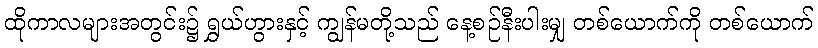
ထိုကာလများအတွင်း၌ ရွှယ်ဟွားနှင့် ကျွန်မတို့သည် နေ့စဉ်နီးပါးမျှ တစ်ယောက်ကို တစ်ယောက်